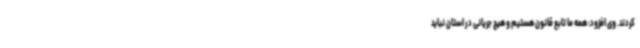
کردند. وی افزود: همه ما تابع قانون هستیم و هیچ جریانی در استان نباید